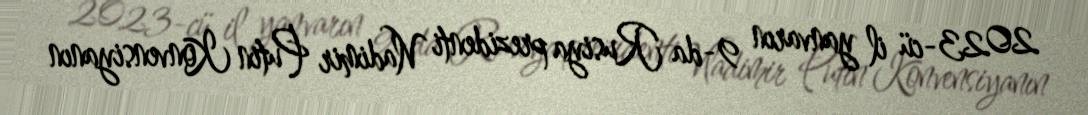
2023-cü il yanvarın 9-da Rusiya prezidenti Vladimir Putin Konvensiyanın